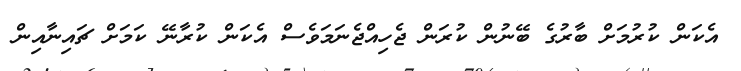
އެކަން ކުރުމަށް ބާރުގެ ބޭނުން ކުރަން ޖެހިއްޖެނަމަވެސް އެކަން ކުރާނޭ ކަމަށް ޗައިނާއިން